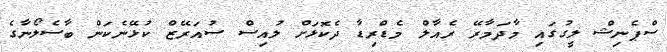
ސްޕެނިޝް ލީގުގައި މާދަމާރޭ ރެއާލް މެޑްރިޑާ ދެކޮޅަށް ލުއިސް ސުއަރޭޒް ކުޅޭނެކަން ބާސެލޯނާގެ